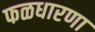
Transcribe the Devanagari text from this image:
फळधारणा